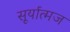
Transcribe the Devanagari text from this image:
सूर्यात्मज